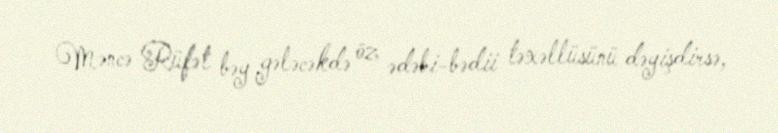
Məncə Rüfət bəy gələcəkdə öz ədəbi-bədii təxəllüsünü dəyişdirsə,